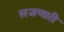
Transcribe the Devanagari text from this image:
सजणारी